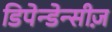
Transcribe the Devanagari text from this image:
डिपेन्डेन्सीज़